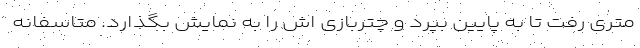
متری رفت تا به پایین بپرد و چتربازی اش را به نمایش بگذارد. متاسفانه